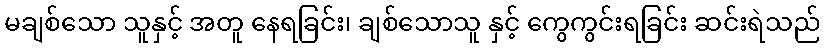
မချစ်သော သူနှင့် အတူ နေရခြင်း၊ ချစ်သောသူ နှင့် ကွေကွင်းရခြင်း ဆင်းရဲသည်